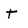
Character: t